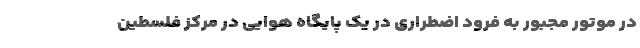
در موتور مجبور به فرود اضطراری در یک پایگاه هوایی در مرکز فلسطین